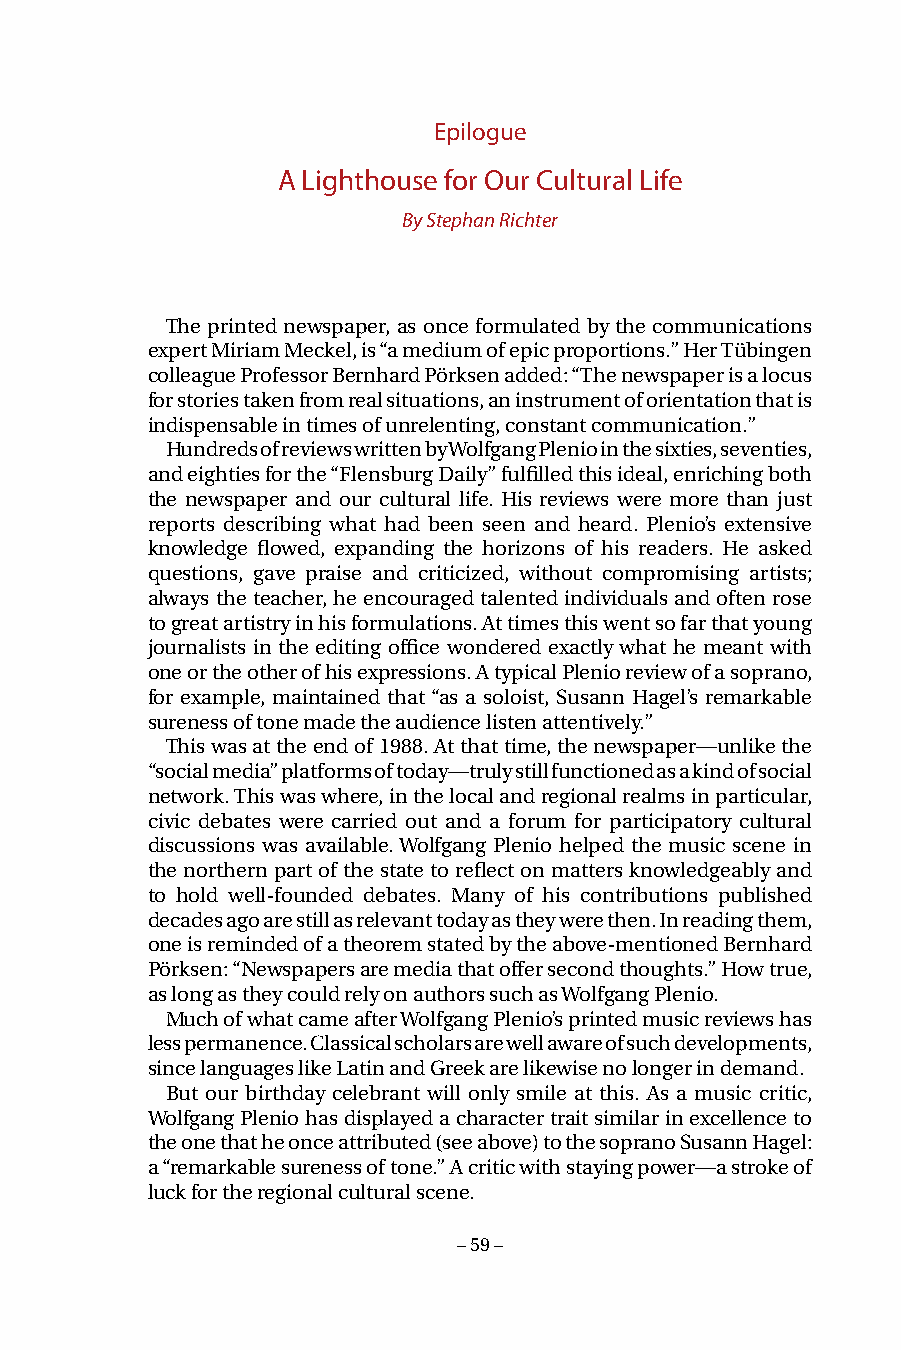
Epilogue
 A Lighthouse for Our Cultural Life
 By Stephan Richter
 The printed newspaper, as once formulated by the communications
 expert Miriam Meckel, is “a medium of epic proportions.” Her Tübingen
 colleague Professor Bernhard Pörksen added: “The newspaper is a locus
 for stories taken from real situations, an instrument of orientation that is
 indispensable in times of unrelenting, constant communication.”
 Hundreds of reviews written by Wolfgang Plenio in the sixties, seventies,
 and eighties for the “Flensburg Daily” fulfilled this ideal, enriching both
 the newspaper and our cultural life. His reviews were more than just
 reports describing what had been seen and heard. Plenio’s extensive
 knowledge flowed, expanding the horizons of his readers. He asked
 questions, gave praise and criticized, without compromising artists;
 always the teacher, he encouraged talented individuals and often rose
 to great artistry in his formulations. At times this went so far that young
 journalists in the editing office wondered exactly what he meant with
 one or the other of his expressions. A typical Plenio review of a soprano,
 for example, maintained that “as a soloist, Susann Hagel’s remarkable
 sureness of tone made the audience listen attentively.”
 This was at the end of 1988. At that time, the newspaper—unlike the
 “social media” platforms of today—truly still functioned as a kind of social
 network. This was where, in the local and regional realms in particular,
 civic debates were carried out and a forum for participatory cultural
 discussions was available. Wolfgang Plenio helped the music scene in
 the northern part of the state to reflect on matters knowledgeably and
 to hold well-founded debates. Many of his contributions published
 decades ago are still as relevant today as they were then. In reading them,
 one is reminded of a theorem stated by the above-mentioned Bernhard
 Pörksen: “Newspapers are media that offer second thoughts.” How true,
 as long as they could rely on authors such as Wolfgang Plenio.
 Much of what came after Wolfgang Plenio’s printed music reviews has
 less permanence. Classical scholars are well aware of such developments,
 since languages like Latin and Greek are likewise no longer in demand.
 But our birthday celebrant will only smile at this. As a music critic,
 Wolfgang Plenio has displayed a character trait similar in excellence to
 the one that he once attributed (see above) to the soprano Susann Hagel:
 a “remarkable sureness of tone.” A critic with staying power—a stroke of
 luck for the regional cultural scene.
 – 59 –